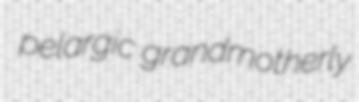
pelargic grandmotherly